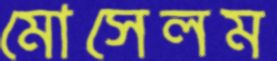
মোসেলম